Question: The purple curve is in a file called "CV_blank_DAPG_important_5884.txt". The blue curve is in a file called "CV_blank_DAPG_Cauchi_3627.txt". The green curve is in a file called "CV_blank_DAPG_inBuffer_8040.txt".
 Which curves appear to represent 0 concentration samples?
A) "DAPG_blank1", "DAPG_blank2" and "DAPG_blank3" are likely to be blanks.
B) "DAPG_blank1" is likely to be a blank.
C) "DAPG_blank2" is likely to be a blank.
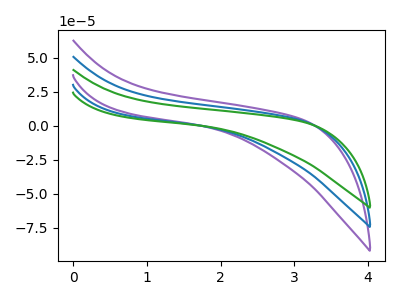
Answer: <think>The purple curve "DAPG_blank1" has no peaks. The blue curve "DAPG_blank2" has no peaks. The green curve "DAPG_blank3" has no peaks.</think>
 <answer>A) "DAPG_blank1", "DAPG_blank2" and "DAPG_blank3" are likely to be blanks.</answer>
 <eval>A</eval>